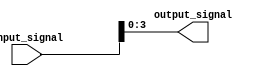
module part_select_assign (
    input [7:0] input_signal,
    output [3:0] output_signal
);

assign output_signal = input_signal[3:0]; // Assign bits 3 to 0 of input_signal to output_signal

endmodule